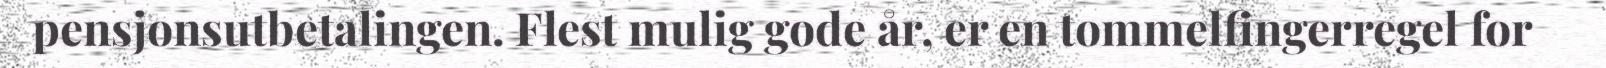
pensjonsutbetalingen. Flest mulig gode år, er en tommelfingerregel for